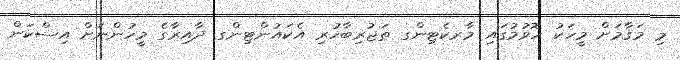
މި މަޤާމަށް މީހަކު ހޮވުމުގައި މާރކެޓިންގ ތަޖުރިބާހުރި އެކައުންޓިންގ ދާއިރާގެ މީހުންނަށް އިސްކަން